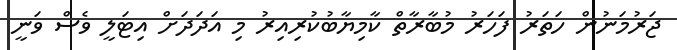
ޖަރުމަނުން ހަތަރު ފަހަރު މުބާރާތް ކާމިޔާބުކުރިއިރު މި އަދަދަށް އިޓަލީ ވެސް ވަނީ